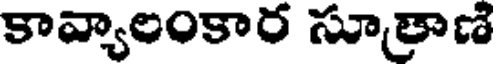
కావ్యాలంకార సూత్రాణి